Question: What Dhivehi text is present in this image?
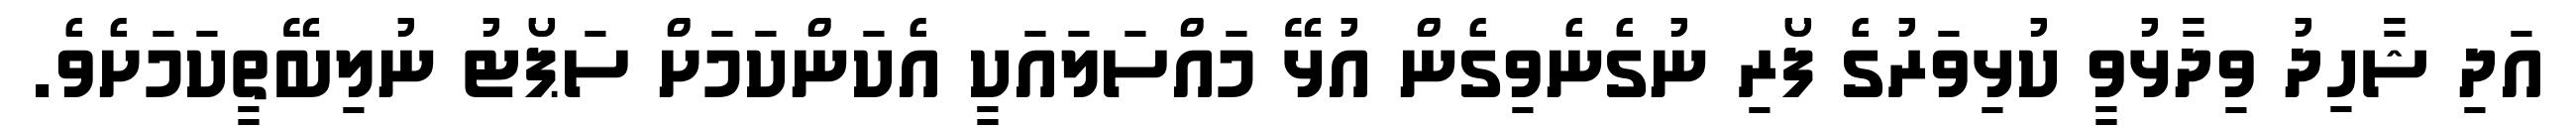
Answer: އަދި ޝާހިދު ވިދާޅުވީ ކުޅިވަރުގެ ފޯރި ނުގެނެވިގެން އުޅޭ މައްސަލައަކީ އެކަންކަމަށް ސަޕޯޓު ނުލިބޭތީކަމަށެވެ.